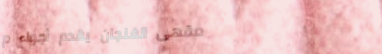
مقهى الفنجان يقدم أجواء م